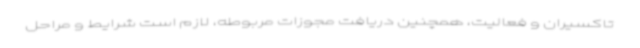
تاکسیران و فعالیت، همچنین دریافت مجوزات مربوطه، لازم است شرایط و مراحل